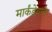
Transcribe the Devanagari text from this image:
मार्कंडेयाचे